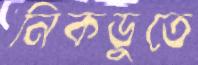
নিকডুতে